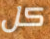
كل